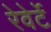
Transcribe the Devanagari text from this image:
रेवेर्टे